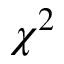
\chi ^ { 2 }